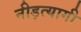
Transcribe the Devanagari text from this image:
नीड़त्यागी